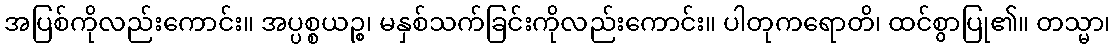
အပြစ်ကိုလည်းကောင်း။ အပ္ပစ္စယဉ္စ၊ မနှစ်သက်ခြင်းကိုလည်းကောင်း။ ပါတုကရောတိ၊ ထင်စွာပြု၏။ တသ္မာ၊